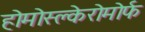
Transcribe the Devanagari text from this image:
होमोस्क्लेरोमोर्फ